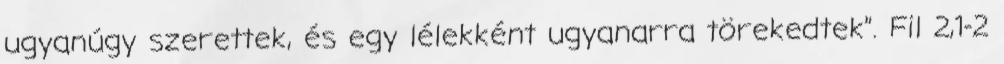
ugyanúgy szerettek, és egy lélekként ugyanarra törekedtek”. Fil 2,1-2